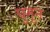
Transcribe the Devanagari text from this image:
घुमून